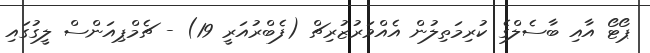
ޕޯޓޯ އާއި ބާސެލްގެ ކުރިމަތިލުން އެއްވަރުޒުރިޗް (ފެބްރުއަރީ 19) - ޗެމްޕިއަންސް ލީގުގައި